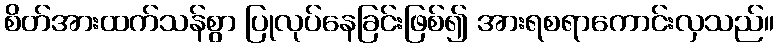
စိတ်အားထက်သန်စွာ ပြုလုပ်နေခြင်းဖြစ်၍ အားရစရာကောင်းလှသည်။